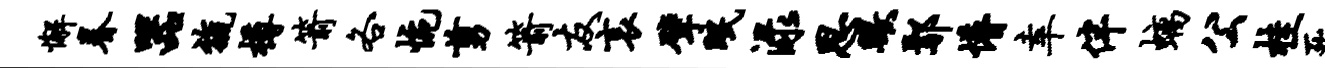
懈眷器旒樽箭各惋剪箭友哀擘眠渌思瞰鄢懵幸伴螭公桂死